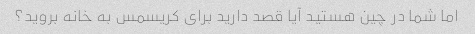
اما شما در چین هستید آیا قصد دارید برای کریسمس به خانه بروید؟